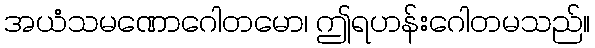
အယံသမဏောဂေါတမော၊ ဤရဟန်းဂေါတမသည်။